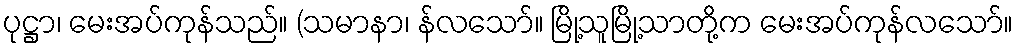
ပုဋ္ဌာ၊ မေးအပ်ကုန်သည်။ (သမာနာ၊ န်လသော်။ မြို့သူမြို့သာတို့က မေးအပ်ကုန်လသော်။